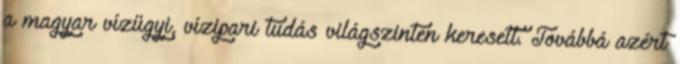
a magyar vízügyi, vízipari tudás világszinten keresett. Továbbá azért